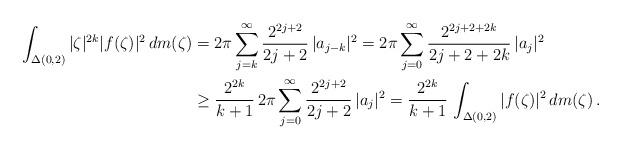
LaTeX: \begin{align*}\int_{\Delta(0,2)}|\zeta|^{2k}|f(\zeta)|^2\,dm(\zeta)&=2\pi\sum_{j=k}^\infty\frac{2^{2j+2}}{2j+2}\,|a_{j-k}|^2=2\pi\sum_{j=0}^\infty\frac{2^{2j+2+2k}}{2j+2+2k}\,|a_{j}|^2\\&\geq \frac{2^{2k}}{k+1}\,2\pi\sum_{j=0}^\infty\frac{2^{2j+2}}{2j+2}\,|a_{j}|^2=\frac{2^{2k}}{k+1}\,\int_{\Delta(0,2)}|f(\zeta)|^2\,dm(\zeta)\,.\end{align*}